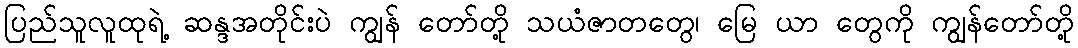
ပြည်သူလူထုရဲ့ ဆန္ဒအတိုင်းပဲ ကျွန် တော်တို့ သယံဇာတတွေ၊ မြေ ယာ တွေကို ကျွန်တော်တို့